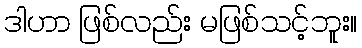
ဒါဟာ ဖြစ်လည်း မဖြစ်သင့်ဘူး။